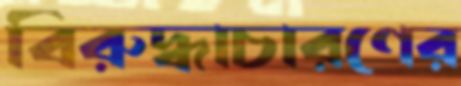
বিরুদ্ধাচারণের